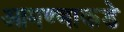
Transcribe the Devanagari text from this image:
आमण्णाकडे